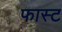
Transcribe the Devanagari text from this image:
फास्‍ट